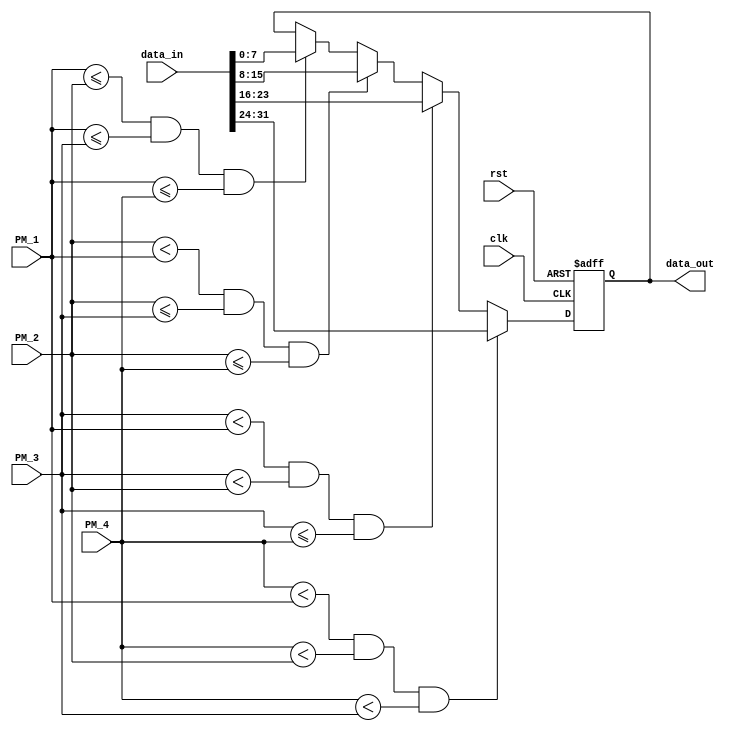
module cmp_sel(clk,
				rst,
				PM_1,
				PM_2,
				PM_3,
				PM_4,
				data_in,
				data_out);
	
	input clk,rst;
	input [6:0] PM_1,PM_2,PM_3,PM_4;
	input [31:0] data_in;

	output [7:0] data_out;

	reg [7:0] data_out;

	always @(posedge clk or negedge rst) begin
		if (!rst) begin
			// reset
			data_out <= 8'b00000000;
		end
		else 
		begin
			if((PM_1 <= PM_2) && (PM_1 <= PM_3) &&(PM_1 <= PM_4))
				data_out <= data_in[7:0];
			if((PM_2 < PM_1) && (PM_2 <= PM_3) &&(PM_2 <= PM_4))
				data_out <= data_in[15:8];
			if((PM_3 < PM_1) && (PM_3 < PM_2) && (PM_3 <= PM_4))
				data_out <= data_in[23:16];
			if((PM_4 < PM_1) && (PM_4 < PM_2) && (PM_4 < PM_3))
				data_out <= data_in[31:24];
		end
	end

endmodule